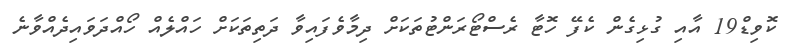
ކޮވިޑް19 އާއި ގުޅިގެން ކެފޭ ހޮޓާ ރެސްޓޯރަންޓުތަކަށް ދިމާވެފައިވާ ދަތިތަކަށް ހައްލެއް ހޯއްދަވައިދެއްވާނެ